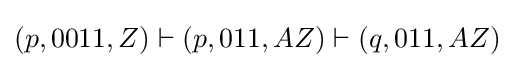
(p,0011,Z)\vdash (p,011,AZ)\vdash (q,011,AZ)